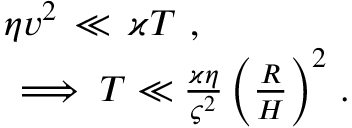
\begin{array} { r } { \eta v ^ { 2 } \, \ll \, \varkappa T \ , \ \qquad \qquad } \\ { \implies T \ll \frac { \varkappa \eta } { \varsigma ^ { 2 } } \, \Big ( \frac { R } { H } \Big ) ^ { 2 } \ . \ } \end{array}